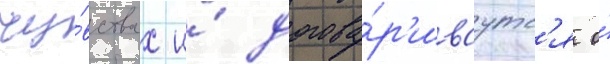
чу́вствах и́ догова́р'иваутс'я о́